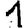
Digit: 1